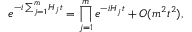
e ^ { - i \sum _ { j = 1 } ^ { m } H _ { j } t } = \prod _ { j = 1 } ^ { m } e ^ { - i H _ { j } t } + O ( m ^ { 2 } t ^ { 2 } ) ,